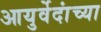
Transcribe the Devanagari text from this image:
आयुर्वेदांच्या